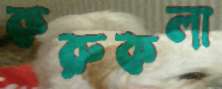
করুকলা